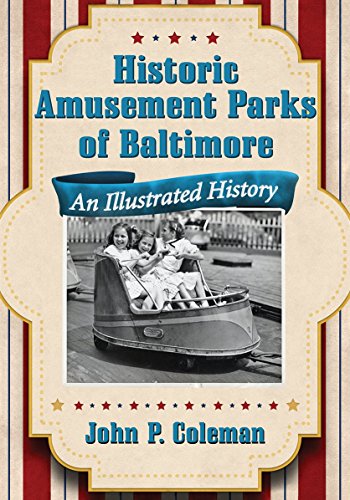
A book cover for Historic Amusement Parks of Baltimore: An Illustrated History; John P. Coleman; Travel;